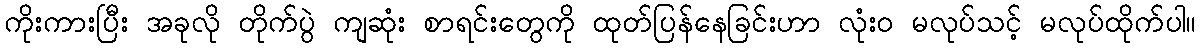
ကိုးကားပြီး အခုလို တိုက်ပွဲ ကျဆုံး စာရင်းတွေကို ထုတ်ပြန်နေခြင်းဟာ လုံး၀ မလုပ်သင့် မလုပ်ထိုက်ပါ။